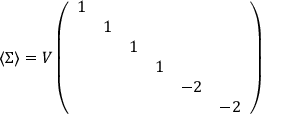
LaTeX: \langle \Sigma \rangle = V \left( \begin{array} { c c c c c c } { { 1 } } & { { } } & { { } } & { { } } & { { } } & { { } } \\ { { } } & { { 1 } } & { { } } & { { } } & { { } } & { { } } \\ { { } } & { { } } & { { 1 } } & { { } } & { { } } & { { } } \\ { { } } & { { } } & { { } } & { { 1 } } & { { } } & { { } } \\ { { } } & { { } } & { { } } & { { } } & { { - 2 } } & { { } } \\ { { } } & { { } } & { { } } & { { } } & { { } } & { { - 2 } } \end{array} \right)